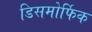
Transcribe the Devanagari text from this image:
डिसमोर्फिक